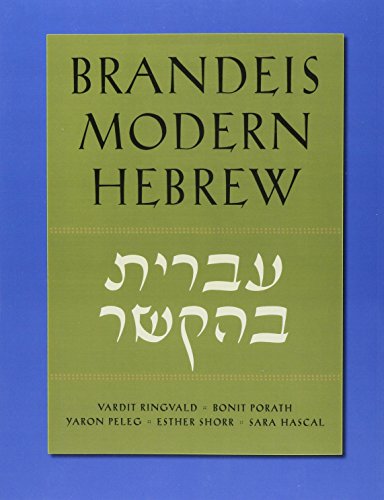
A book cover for Brandeis Modern Hebrew; Vardit et al. Ringvald; History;